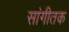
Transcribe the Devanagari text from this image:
सांगीतक